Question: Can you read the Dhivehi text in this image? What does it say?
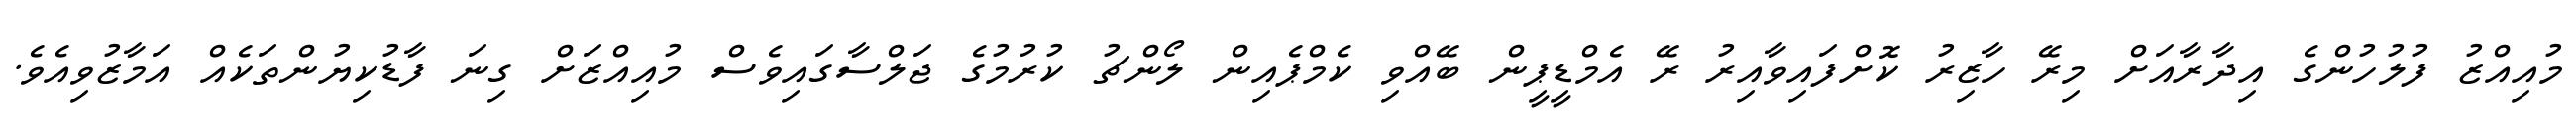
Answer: މުއިއްޒު ފުލުހުންގެ އިދާރާއަށް މިރޭ ހާޒިރު ކޮށްފައިވާއިރު ރޭ އެމްޑީޕީން ބޭއްވި ކެމްޕެއިން ލޯންޗު ކުރުމުގެ ޖަލްސާގައިވެސް މުއިއްޒަށް ގިނަ ފާޑުކިޔުންތަކެއް އަމާޒުވިއެވެ.